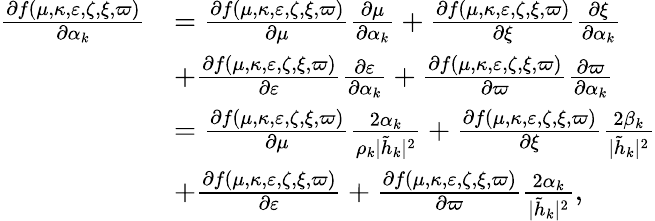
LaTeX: \begin{array}{rl}{\frac{\partial f(\mu,\kappa,\varepsilon,\zeta,\xi,\varpi)}{\partial\alpha_{k}}}&{=\frac{\partial f(\mu,\kappa,\varepsilon,\zeta,\xi,\varpi)}{\partial\mu}\frac{\partial\mu}{\partial\alpha_{k}}+\frac{\partial f(\mu,\kappa,\varepsilon,\zeta,\xi,\varpi)}{\partial\xi}\frac{\partial\xi}{\partial\alpha_{k}}}\\ &{+\frac{\partial f(\mu,\kappa,\varepsilon,\zeta,\xi,\varpi)}{\partial\varepsilon}\frac{\partial\varepsilon}{\partial\alpha_{k}}+\frac{\partial f(\mu,\kappa,\varepsilon,\zeta,\xi,\varpi)}{\partial\varpi}\frac{\partial\varpi}{\partial\alpha_{k}}}\\ &{=\frac{\partial f(\mu,\kappa,\varepsilon,\zeta,\xi,\varpi)}{\partial\mu}\frac{2\alpha_{k}}{\rho_{k}|\tilde{h}_{k}|^{2}}+\frac{\partial f(\mu,\kappa,\varepsilon,\zeta,\xi,\varpi)}{\partial\xi}\frac{2\beta_{k}}{|\tilde{h}_{k}|^{2}}}\\ &{+\frac{\partial f(\mu,\kappa,\varepsilon,\zeta,\xi,\varpi)}{\partial\varepsilon}+\frac{\partial f(\mu,\kappa,\varepsilon,\zeta,\xi,\varpi)}{\partial\varpi}\frac{2\alpha_{k}}{|\tilde{h}_{k}|^{2}},}\end{array}